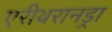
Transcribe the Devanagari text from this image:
एरीथरानड्रा